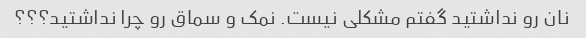
نان رو نداشتید گفتم مشکلی نیست. نمک و سماق رو چرا نداشتید؟؟؟